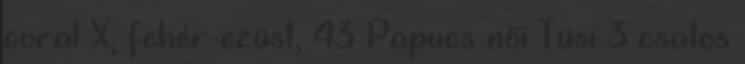
coral X, fehér-ezüst, 43 Papucs női Tüsi 3 csatos